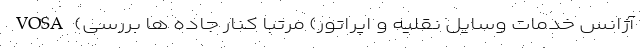
VOSA (آژانس خدمات وسایل نقلیه و اپراتور) مرتباً كنار جاده ها بررسی